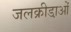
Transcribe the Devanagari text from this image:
जलक्रीडा़ओं